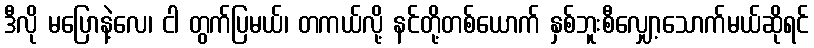
ဒီလို မပြောနဲ့လေ၊ ငါ တွက်ပြမယ်၊ တကယ်လို့ နင်တို့တစ်ယောက် နှစ်ဘူးစီလျှော့သောက်မယ်ဆိုရင်